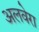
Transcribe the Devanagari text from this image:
अलवेरा